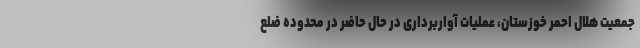
جمعیت هلال احمر خوزستان، عملیات آواربرداری در حال حاضر در محدوده ضلع